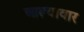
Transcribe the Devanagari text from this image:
आल्यावार